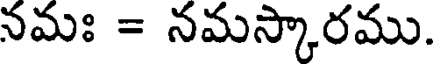
నమః = నమస్కారము.